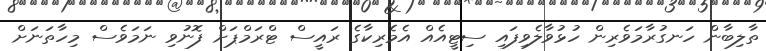
ތާލިބާން ހަނގުރާމަވެރިން ހުޅުވާލެވިފައި ސިޓީއެއް އެމެރިކާގެ ރައީސް ޓްރަމްޕަށް ފޮނުވި ނަމަވެސް މިހާތަނަށް